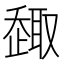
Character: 𠮋